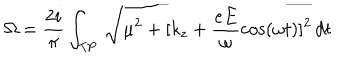
LaTeX: \Omega = \frac { 2 i } { \pi } \int _ { \mathrm { T P } } \, \sqrt { \mu ^ { 2 } + [ k _ { z } + \frac { e E } { \omega } \cos ( \omega t ) ] ^ { 2 } } \, d t